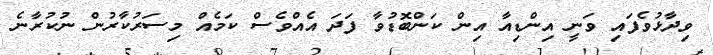
ވިދާޅުވެފައި ވަނީ އިންޑިއާ އިން ކަންބޮޑުވާ ފަދަ އެއްވެސް ކަމެއް މިސަރުކާރުން ނުކުރާނެ